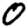
Digit: 0